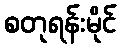
စတုရန်းမိုင်